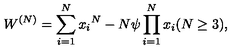
W ^ { ( N ) } = \sum _ { i = 1 } ^ { N } { { x } _ { i } } ^ { N } - N \psi \prod _ { i = 1 } ^ { N } { { x } _ { i } } ( N \geq 3 ) ,